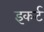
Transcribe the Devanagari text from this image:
इकर्ट